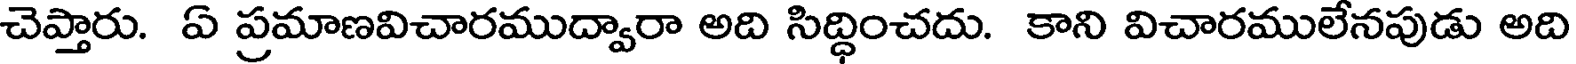
చెప్తారు. ఏ ప్రమాణవిచారముద్వారా అది సిద్ధించదు. కాని విచారములేనపుడు అది